Vital statistics of India. Vol. IV, Annual returns from 1871 to 1876. British Army of India, Native Army and jails of Bengal
Year: 1871
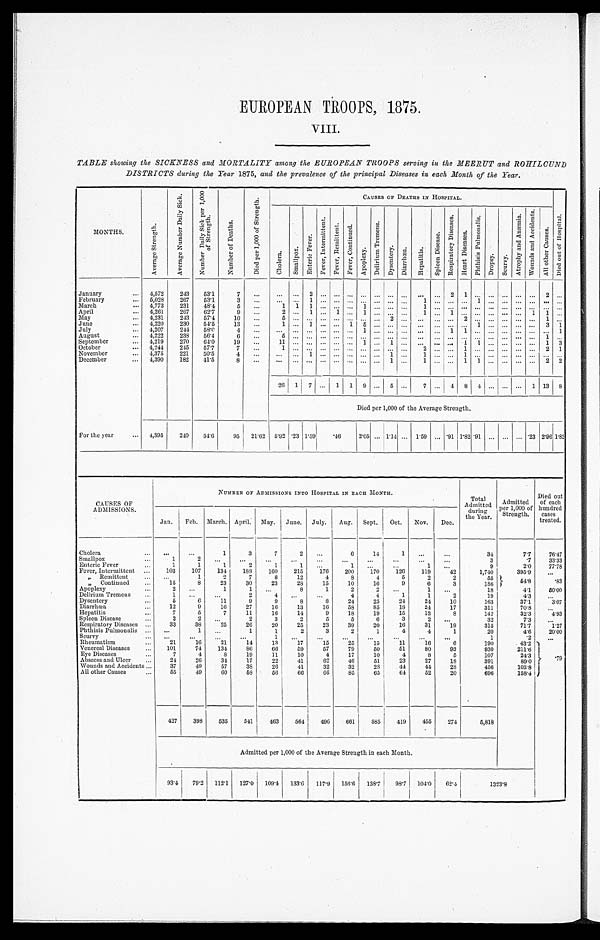
EUROPEAN TROOPS, 1875.
VIII.
TABLE showing the SICKNESS and MORTALITY among the EUROPEAN TROOPS serving in the MEERUT and ROHILCUND
DISTRICTS during the Year 1875, and the prevalence of the principal Diseases in each Month of the Year.
MONTHS.
A v e r a g e S t r e n g t h .
A v e r a g e N u m b e r D a i l y S i c k . N u m b e r D a i l y S i c k p e r 1 , 0 0 0
o f S t r e n g t h .
N u m b e r o f D e a t h s .
D i e d p e r 1 , 0 0 0 o f S t r e n g t h .
C A U S E S O F D E A T H S I N H O S P I T A L .
D i e d o u t o f H o s p i t a l .
C h o l e r a . S m a l l p o x .
E n t e r i c F e v e r .
F e v e r , I n t e r m i t t e n t F e v e r , R e m i t t e n t .
F e v e r , C o n t i n u e d . A p o p l e x y .
D e l i r i u m T r e m e n s .
D y s e n t e r y .
D i a r r h œ a . H e p a t i t i s .
S p l e e n D i s e a s e .
R e s p i r a t o r y D i s e a s e s .
H e a r t D i s e a s e s .
P h t h i s i s P u l m o n a l i s .
D r o p s y . S c u r v y .
A t r o p h y a n d A n æ m i a .
W o u n d s a n d A c c i d e n t s .
A l l o t h e r C a u s e s .
January
4,572 243 53.1
7
2
2 1
2
February
5,028 267 53.1
3
1
1
1
March
4,773 231 48.4
5
1 1 1
1
1
April
4,261 267 62.7 9
2 1
1
1
1
1
1 1
May
4,231 243 57.4 10
5
2
2
1
June
4,220 230 54.5 13
1 1
1 5
1
3 1
July
4,207 244 58.0
4
1
1 1
1
August
4,222 238 56.4 6
5
1
September
4,219 270 64.0 19
1 1
1 1
1 1
1 3
October
4,244 245 57.7
7
1
2
1
2 1
November
4,375 221 50.5
4
1
1
1
1
December
4,390 182 41.5
8
1
1
1 1
2 2
26 1 7
1 1 9
5
7
4 8 4
1 13 8
Died per 1,000 of the Average Strength.
For the year
4,395 240 54.6 95 21.62 5.92 .23 1.59 .46 2.05 1.14 1.59 .91 1 . 8 2 .91
.23 2.96 1. 82
CAUSES OF
ADMISSIONS.
NUMBER OF ADMI SSI ONS I NTO HOSPI TAL I N EACH MONTH.
Total
Admitted d u r i n g
the Year.
Admitted
per 1,000 of
Strength.
Died out
of each
hundred cases
treated.
Jan. Feb. March. April. May. June. July. Aug. Sept. Oct. Nov. Dec.
Cholera
1
3
7
2
6 14
1
34
7.7 76. 47
Smallpox
1
2
3
.7 33. 33
Enteric Fever
1
1
1
2
1
1
1
1
9
2.0 77. 78
Fever, intermittent
103 107 134 188 160 215 176 200 170 126 119 42
1,740
395.9
„ Remittent
1
2
7
8 12
4
8 4
5
2
2
55 54.8
.83
„ Continued
15
8 23 30 23 28 15 10 16
9
6
3
186
Apoplexy
2
1
1
8
1
2
2
1
18
4.1 50. 00
Delirium Tremens
1
2
4
4
4
1
1
2
19
4.3
Dysentery
5
6 11
9
9
8
8 24 25 24 24 10
163
37.1 3. 07
Diarrhœa
12
9 16 27 16 13 16 58 85 18 24 17
311
70.8
Hepatitis
7
5
7 11 16 14
9 18 19 15 13
8
142
32.3 4. 93
Spleen Disease
2
2
2
3
2
5
5
6
3
2
32
7.3
Respiratory Diseases
33 38 25 26 20 25 23 39 20 16 31 19
315
71.7 1. 27
Phthisis Pulmonalis
1
1
1
2
3
2
1
4
4
1
20
4.6 20. 00
Scurvy
1
1
.2
Rheumatism
21 16 21 14 13 17 15 25 15 11 16
6
190
43.2 . 79
Venereal Diseases
101 74 134 86 66 59 57 79 50 51 80 93
930
211.6
Eye Diseases
7 4
8 19 11 10
4 17 10
4
8
5
107
24.3
Abscess and Ulcer
24 26 34 17 22 41 62 46 51 23 27 18
391
89.0
Wounds and Accidents
37 49 57 38 26 41 32 32 28 44 44 28
456
103.8
All other Causes
5 5
49
6 0 58 56 66 66 85 65 64 52 20
696
158.4
427 398 535 541 463 564 496 661 585 419 455 274
5,818
Admitted per 1,000 of the Average Strength in each Month.
93.4 79.2 112.1 127.0 109.4 133.6 117.9 156.6 138.7 98.7 104.0 62.4
1 3 2 3 . 8